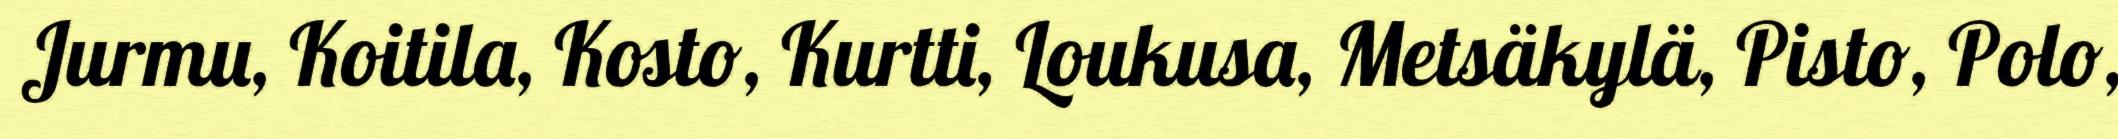
Jurmu, Koitila, Kosto, Kurtti, Loukusa, Metsäkylä, Pisto, Polo,